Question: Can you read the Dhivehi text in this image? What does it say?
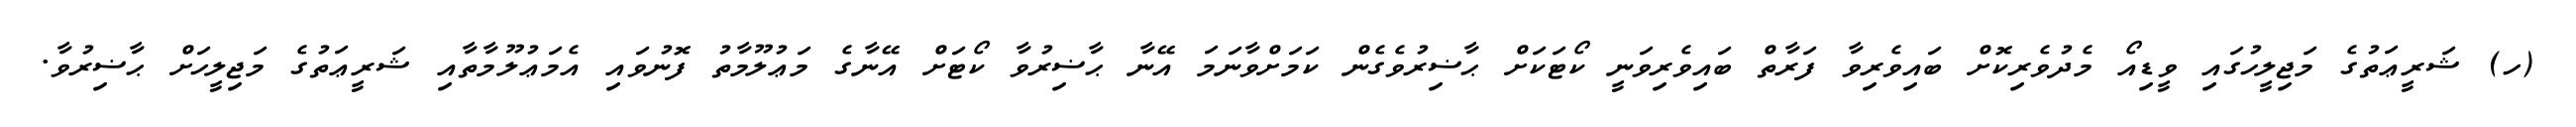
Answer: (ހ) ޝަރީޢަތުގެ މަޖިލީހުގައި ވީޑިއޯ މެދުވެރިކޮށް ބައިވެރިވާ ފަރާތް ބައިވެރިވަނީ ކޯޓަކަށް ޙާޟިރުވެގެން ކަމަށްވާނަމަ އޭނާ ޙާޟިރުވާ ކޯޓަށް އޭނާގެ މަޢުލޫމާތު ފޮނުވައި އެމަޢުލޫމާތާއި ޝަރީޢަތުގެ މަޖިލީހަށް ޙާޟިރުވާ.